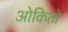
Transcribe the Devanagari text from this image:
ओकितो